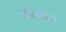
લીઆમ